Sanitation, dispensaries and jails vaccination Rajputana 1922-1927 - 1922-1927
Year: 1922
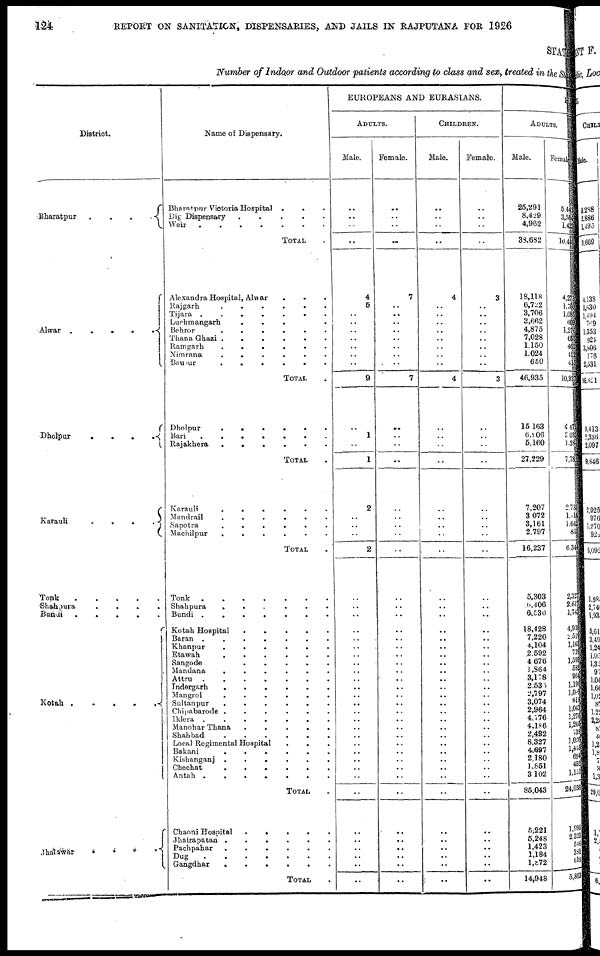
124
REPORT ON SANITATION, DISPENSARIES, AND JAILS IN RAJPUTANA FOR 1926
STATE
Number of Indoor and Outdoor patients according to class and sex, treated in the State
District.
Bharatpur
.
.
.
.
Alwar .
.
.
.
.
Dholpur
.
. . .
Karauli
.
.
.
.
Tonk
.
.
.
.
.
Shahpura
.
.
.
. .
Bundi .
.
.
.
.
Kotah . . . . .
Jhalawar
.
.
.
.
Name of Dispensary.
Bharatpur Victoria Hospital . . .
Dig Dispensary
.
.
.
.
.
Weir . . . . . . .
TOTAL .
Alexandra Hospital, Alwar . . .
Rajgarh
.
.
.
.
.
.
Tijara . . . . . . .
Luchmangarh
.
.
. .
Behror
.
.
.
.
.
.
Thana Ghazi .
.
.
.
.
.
Ramgarh
.
.
.
.
.
.
Nimrana
.
.
.
.
.
.
Bausur
.
.
.
.
.
.
TOTAL .
Dholpur
.
.
.
.
.
.
Bari
.
.
.
.
.
.
.
Rajakhera
.
.
.
.
.
.
TOTAL .
Karauli . . . . . .
Mandrail . . . . . .
Sapotra
.
.
.
.
.
.
Machilpur
.
.
.
.
.
.
TOTAL .
Tonk . . . . . . .
Shahpura . . . . . .
Bundi . . . . . . .
Kotah Hospital
.
.
.
.
.
Baran . . . . . . .
Khanpur . . . . . .
Etawah
.
.
.
.
.
.
Sangode
.
.
.
.
.
Mandana . . . . . .
Attru . . . . . . .
Indergarh . . . . . .
Mangrol . . . . . .
Sultanpur . . . . . .
Chipabarode . . . . . .
Iklera . . . . . . .
Manohar Thana
.
.
.
.
.
Shahbad . . . . . . .
Local Regimental Hospital . . .
Bakani . . . . . .
Kishanganj .
.
.
.
.
.
Chechat . . . . . .
Antah .
.
.
.
.
.
.
TOTAL .
Chaoni Hospital
.
.
.
.
.
Jhalrapatan . . . . . .
Pachpahar . . . . . .
Dug . . . . . . .
Gangdhar . . . . . .
TOTAL .
EUROPEANS AND EURASIANS.
ADULTS.
Male.
..
..
..
..
4
5
..
..
..
..
..
..
..
9
..
1
..
1
2
..
..
..
2
..
..
..
..
..
..
..
..
..
..
..
..
..
..
..
..
..
..
..
..
..
..
..
..
..
..
..
..
..
Female.
..
..
..
..
7
..
..
..
..
..
..
..
..
7
..
..
..
..
..
..
..
..
..
..
..
..
..
..
..
..
..
..
..
..
..
..
..
..
..
..
..
..
..
..
..
..
..
..
..
..
..
..
CHILDREN.
Male.
..
..
..
..
4
..
..
..
..
..
..
..
..
4
..
..
..
..
..
..
..
..
..
..
..
..
..
..
..
..
..
..
..
..
..
..
..
..
..
..
..
..
..
..
..
..
..
..
..
..
..
..
Female.
..
..
..
..
3
..
..
..
..
..
..
..
..
3
..
..
..
..
..
..
..
..
..
..
..
..
..
..
..
..
..
..
..
..
..
..
..
..
..
..
..
..
..
..
..
..
..
..
..
..
..
..
HIN
ADULTS.
Male.
25,291
8,429
4,962
38,632
18,118
6,722
3,706
3,662
4,875
7,028
1,150
1,024
650
46,935
15,163
6,906
5,160
27,229
7,207
3,072
3,161
2,797
16,237
5,303
6,406
6,536
18,428
7,220
4,104
2,592
4,676
1,864
3,178
2,535
2,797
3,074
2,964
4,776
4,186
2,492
8,327
4,697
2,180
1,851
3,102
85,043
5,221
5,248
1,423
1,184
1,872
14,948
Female
5,442
3,584
1,423
10,449
4,273
1,750
1,085
609
1,276
655
462
412
415
10,937
4,472
2,032 1,284
7,788
2,733
1, 114
1,642
8,55
6,344
2,327
2,617
1,743
4,939
2,519
1,163
739
1,599
582
964
1,196
1,099
818
1,043
1,276
1,245
738
1,026
1,415 694
452 1,151
24,658
1,995
2,323
546
381
618
5,863